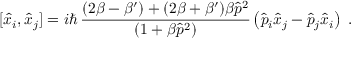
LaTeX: [ \hat { x } _ { i } , \hat { x } _ { j } ] = i \hbar \, \frac { ( 2 \beta - \beta ^ { \prime } ) + ( 2 \beta + \beta ^ { \prime } ) \beta \hat { p } ^ { 2 } } { ( 1 + \beta \hat { p } ^ { 2 } ) } \left( \hat { p } _ { i } \hat { x } _ { j } - \hat { p } _ { j } \hat { x } _ { i } \right) \; .